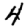
Digit: 4